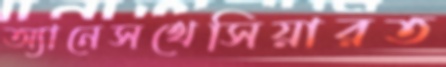
অ্যানেসথেসিয়ারত